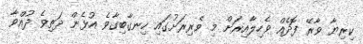
ކިރިޔާ ވާރޭ ފޮދެއް ވެހިލާއިރަށް މި ވެރިރަށުގައި ހިނގާބިގާވެ އުޅެން ދަތިވެ ދުއްވާ